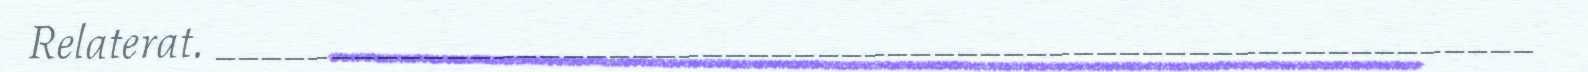
Relaterat. _________________________________________________________